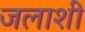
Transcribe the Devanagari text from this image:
जलाशी